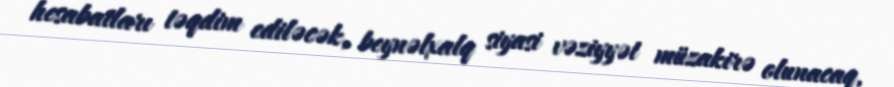
hesabatları təqdim ediləcək, beynəlxalq siyasi vəziyyət müzakirə olunacaq,